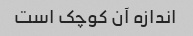
اندازه آن کوچک است